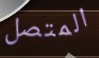
المتصل